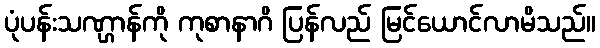
ပုံပန်းသဏ္ဌာန်ကို ကုစာနာဂိ ပြန်လည် မြင်ယောင်လာမိသည်။